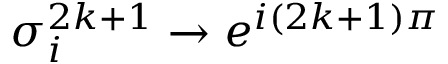
\sigma _ { i } ^ { 2 k + 1 } \rightarrow e ^ { i ( 2 k + 1 ) \pi }